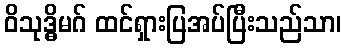
ဝိသုဒ္ဓိမဂ် ထင်ရှားပြအပ်ပြီးသည်သာ၊